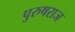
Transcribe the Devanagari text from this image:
पुरुषराज